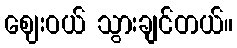
ဈေးဝယ် သွားချင်တယ်။